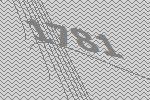
1781